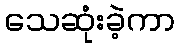
သေဆုံးခဲ့ကာ